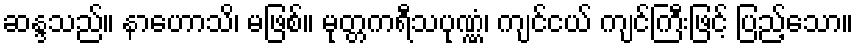
ဆန္ဒသည်။ နာဟောသိ၊ မဖြစ်။ မုတ္တကရီသပုဏ္ဏံ၊ ကျင်ငယ် ကျင်ကြီးဖြင့် ပြည့်သော။